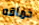
حماقه